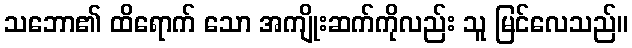
သဘော၏ ထိရောက် သော အကျိုးဆက်ကိုလည်း သူ မြင်လေသည်။